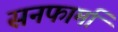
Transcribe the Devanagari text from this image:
सनफार्मा